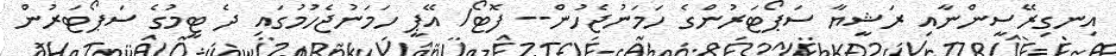
އިނގިރޭސީންނާއި ރަޝީޔާ ސަޕޯޓަރުންގެ ހަމަނުޖެހުން-- ފޮޓޯ/ އޭޕީ ހަމަނުޖެހުމުގައި ދެ ޓީމުގެ ސަޕޯޓަރުން